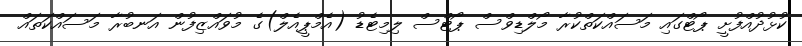
ކުޅުދުއްފުށީ ޕޯޓްގައި މަސައްކަތްކުރާ މޯލްޑިވްސް ޕޯޓްސް ލިމިޓެޑު (އެމްޕީއެލް)ގެ މުވައްޒިފުން އަނބުރާ މަސައްކަތައް